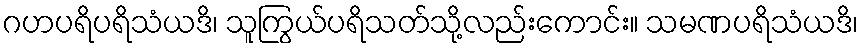
ဂဟပရိပရိသံယဒိ၊ သူကြွယ်ပရိသတ်သို့လည်းကောင်း။ သမဏပရိသံယဒိ၊